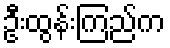
ဦးထွန်းကြည်က